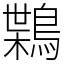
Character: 𪃸